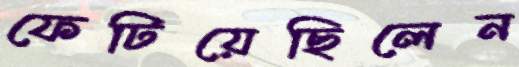
ফেটিয়েছিলেন